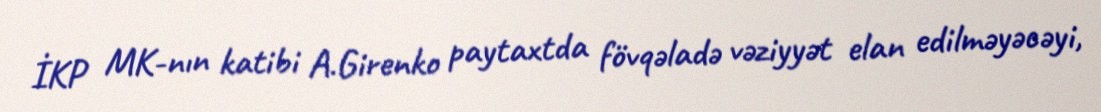
İKP MK-nın katibi A.Girenko paytaxtda fövqəladə vəziyyət elan edilməyəcəyi,